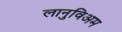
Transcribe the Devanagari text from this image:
लानुविअम